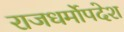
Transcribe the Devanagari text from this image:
राजधर्मोपदेश